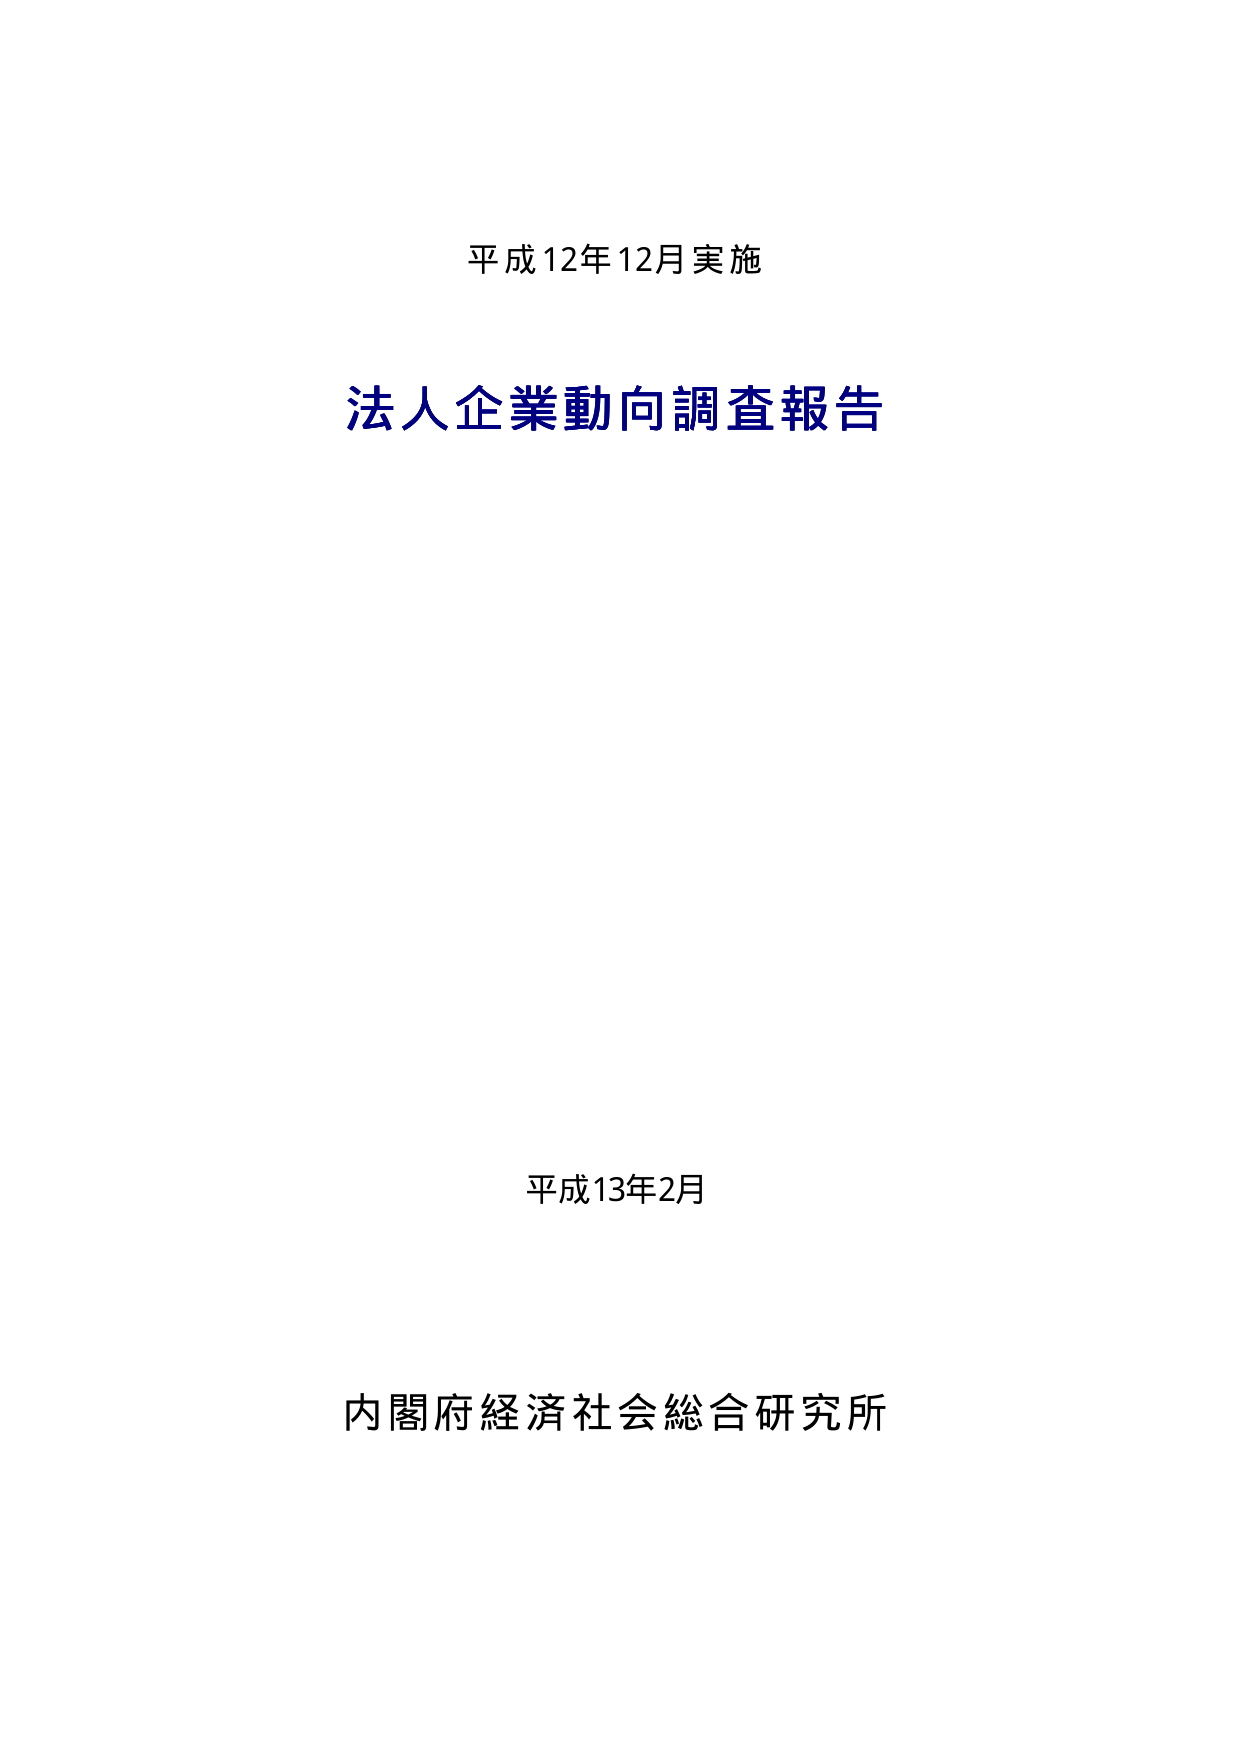
平成12年12月実施
法人企業動向調査報告
平成13年2月
内閣府経済社会総合研究所